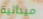
ميدالية